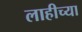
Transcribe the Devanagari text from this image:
लाहीच्या